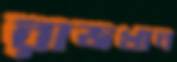
রাজখান